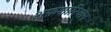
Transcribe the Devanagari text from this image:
अफ़शारियान